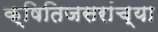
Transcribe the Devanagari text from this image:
क्षितिजसरांच्या